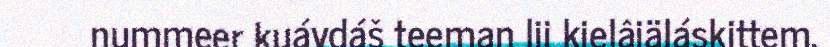
nummeer kuávdáš teeman lii kielâiäláskittem.